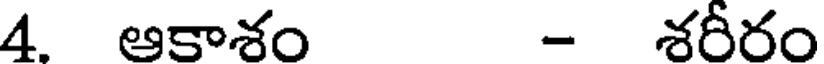
4. ఆకాశం - శరీరం